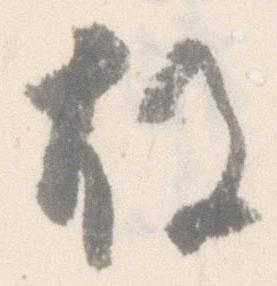
故